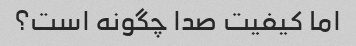
اما کیفیت صدا چگونه است؟